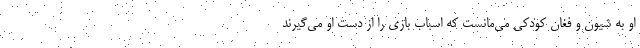
او به شیون و فغانِ کودکی می‌مانست که اسباب بازی را از دست او می‌گیرند